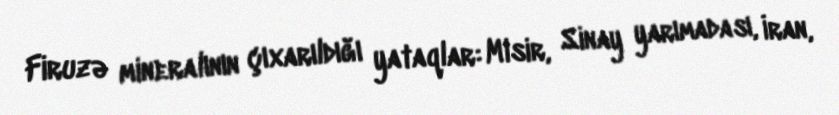
Firuzə mineralının çıxarıldığı yataqlar: Misir, Sinay yarımadası, İran,